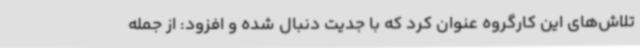
تلاش‌های این کارگروه عنوان کرد که با جدیت دنبال شده و افزود: از جمله